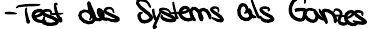
- Test des Systems als Ganzes